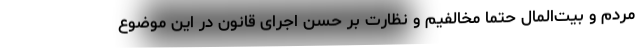
مردم و بیت‌المال حتماً مخالفیم و نظارت بر حسن اجرای قانون در این موضوع